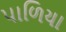
પાળિયા